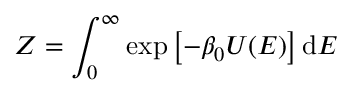
Z = \int _ { 0 } ^ { \infty } \exp \left[ - \beta _ { 0 } U ( E ) \right] \mathrm { d } E